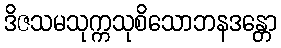
ဒိဇသမသုက္ကသုစိသောဘနဒန္တော